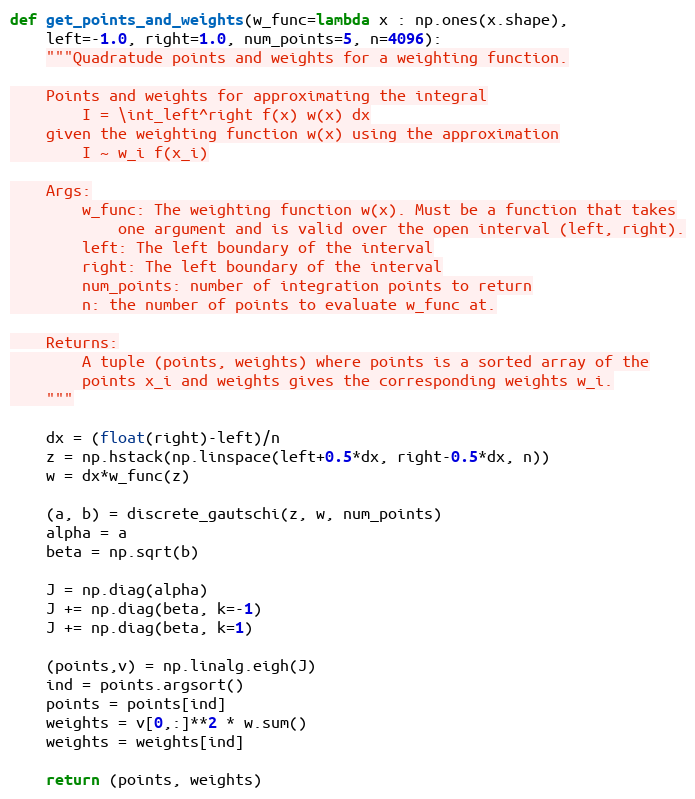
Language: Python
def get_points_and_weights(w_func=lambda x : np.ones(x.shape),
    left=-1.0, right=1.0, num_points=5, n=4096):
    """Quadratude points and weights for a weighting function.

    Points and weights for approximating the integral
        I = \int_left^right f(x) w(x) dx
    given the weighting function w(x) using the approximation
        I ~ w_i f(x_i)

    Args:
        w_func: The weighting function w(x). Must be a function that takes
            one argument and is valid over the open interval (left, right).
        left: The left boundary of the interval
        right: The left boundary of the interval
        num_points: number of integration points to return
        n: the number of points to evaluate w_func at.

    Returns:
        A tuple (points, weights) where points is a sorted array of the
        points x_i and weights gives the corresponding weights w_i.
    """

    dx = (float(right)-left)/n
    z = np.hstack(np.linspace(left+0.5*dx, right-0.5*dx, n))
    w = dx*w_func(z)

    (a, b) = discrete_gautschi(z, w, num_points)
    alpha = a
    beta = np.sqrt(b)

    J = np.diag(alpha)
    J += np.diag(beta, k=-1)
    J += np.diag(beta, k=1)

    (points,v) = np.linalg.eigh(J)
    ind = points.argsort()
    points = points[ind]
    weights = v[0,:]**2 * w.sum()
    weights = weights[ind]

    return (points, weights)